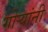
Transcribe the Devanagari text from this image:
गोर्‍यांनी